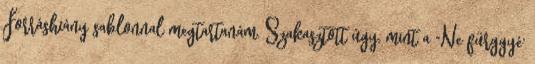
Forráshiány sablonnal megtartanám. Szakasztott úgy, mint a "Ne fürggyé'